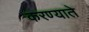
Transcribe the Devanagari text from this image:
करण्याते